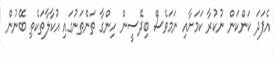
އެފަދަ ކަންކަން ނުކުރާ ކަމަށާއި ނަމަވެސް ބިދޭސީން ހިންގާ ތަންތަނުގައި އުކާލާތަކެތި ބޭނުން